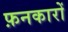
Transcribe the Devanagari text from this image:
फ़नकारों